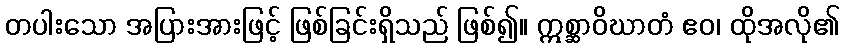
တပါးသော အပြားအားဖြင့် ဖြစ်ခြင်းရှိသည် ဖြစ်၍။ ဣစ္ဆာဝိဃာတံ ဧဝ၊ ထိုအလို၏